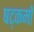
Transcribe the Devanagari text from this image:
षट्कर्मों